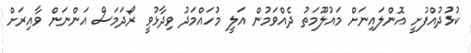
ކުޅުދުއްފުށީ އޮންލައިނަށް މައުލޫމަތު ދެއްވަމުން އަލީ މުހައްމަދު ވިދާޅުވީ ރޯދަމަސް އަންނަން ވާއިރަށް